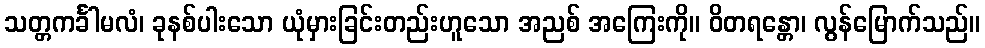
သတ္တကင်္ခါမလံ၊ ခုနစ်ပါးသော ယုံမှားခြင်းတည်းဟူသော အညစ် အကြေးကို။ ဝိတရန္တော၊ လွန်မြောက်သည်။